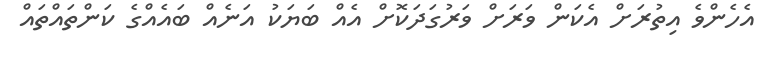
އެހެންވެ އިތުރަށް އެކަން ވަރަށް ވަރުގަދަކޮށް އެއް ބަޔަކު އަނެއް ބައެއްގެ ކަންތައްތައް